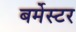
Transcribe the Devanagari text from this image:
बर्मेस्टर